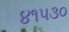
૪૧૫૩૦